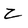
Character: 2